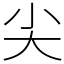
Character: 尖